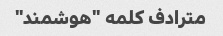
مترادف کلمه "هوشمند"